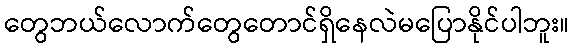
တွေဘယ်လောက်တွေတောင်ရှိနေလဲမပြောနိုင်ပါဘူး။